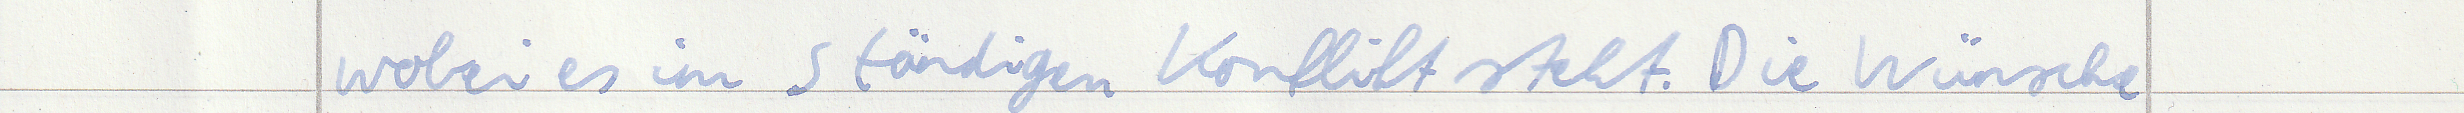
wobei es im ständigen Konflikt steht. Die Wünsche